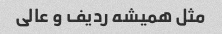
مثل همیشه ردیف و عالی